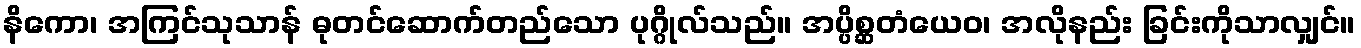
နိကော၊ အကြင်သုသာန် ဓုတင်ဆောက်တည်သော ပုဂ္ဂိုလ်သည်။ အပ္ပိစ္ဆတံယေဝ၊ အလိုနည်း ခြင်းကိုသာလျှင်။